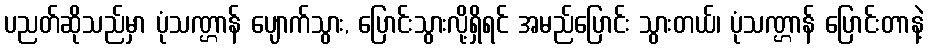
ပညတ်ဆိုသည်မှာ ပုံသဏ္ဌာန် ပျောက်သွား, ပြောင်းသွားလို့ရှိရင် အမည်ပြောင်း သွားတယ်၊ ပုံသဏ္ဌာန် ပြောင်းတာနဲ့